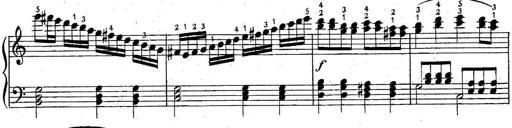
Title: 6 Easy Sonatinas
Composer: Carl Czerny